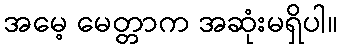
အမေ့ မေတ္တာက အဆုံးမရှိပါ။